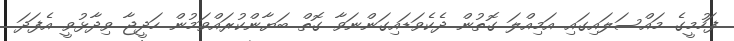
ފަހުމީގެ މައްސަލައިގައި އަމިއްލަ ގޮތުން ދެކެވަޑައިގަންނަވާ ގޮތް ބަޔާންކުރައްވަމުން ހަދީޖާ ވިދާޅުވީ އެފަދަ